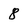
Character: 8